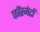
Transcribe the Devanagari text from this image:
फॉरमेटों